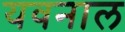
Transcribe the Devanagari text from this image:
यवनाल